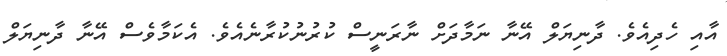
އާއި ހެދިއެވެ. ދާނިޔަލް އޭނާ ނަމާދަށް ނާރަނީސް ކުރުނުކުރާނެއެވެ. އެކަމާވެސް އޭނާ ދާނިޔަލް